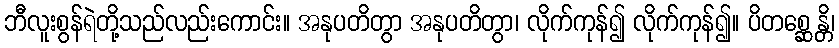
ဘီလူးစွန်ရဲတို့သည်လည်းကောင်း။ အနုပတိတွာ အနုပတိတွာ၊ လိုက်ကုန်၍ လိုက်ကုန်၍။ ပိတစ္ဆေန္တိ၊